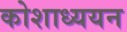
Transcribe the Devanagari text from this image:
कोशाध्ययन